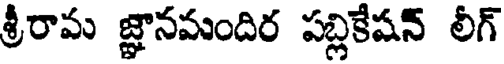
శ్రీరామ జ్ఞానమందిర పబ్లికేషన్ లీగ్